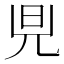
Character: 𪝿